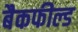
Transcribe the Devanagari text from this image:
बैकफील्ड